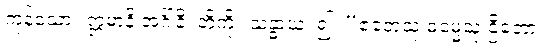
ကုန်သော။ ဣမာနိ အင်္ဂါနိ၊ တို့ကို။ သန္ဓာယ၊ ၍။ “ဧတေသု ဓမ္မေသု ဌိတော